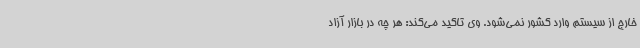
خارج از سیستم وارد کشور نمی‌شود. وی تاکید می‌کند: هر چه در بازار آزاد